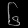
Digit: ၆